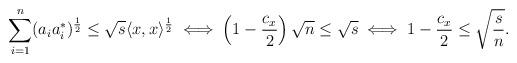
LaTeX: \begin{align*}\sum_{i=1}^{n}(a_ia_i^*)^\frac{1}{2}\leq \sqrt{s} \langle x, x \rangle^\frac{1}{2} \iff \left(1-\frac{c_x}{2}\right) \sqrt{n} \leq \sqrt{s} \iff 1-\frac{c_x}{2} \leq \sqrt{\frac{s}{n}} .\end{align*}